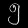
Digit: ၅